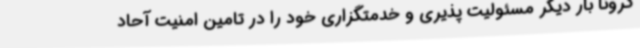
کرونا بار دیگر مسئولیت پذیری و خدمتگزاری خود را در تامین امنیت آحاد